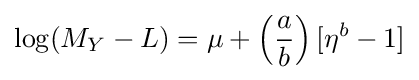
\log(M_{Y}-L)=\mu +\left({\frac {a}{b}}\right)[\eta ^{b}-1]